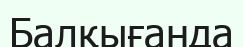
Балқығанда